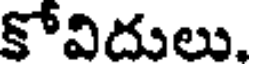
కోవిదులు.